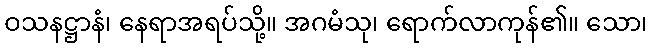
ဝသနဋ္ဌာနံ၊ နေရာအရပ်သို့။ အဂမံသု၊ ရောက်လာကုန်၏။ သော၊